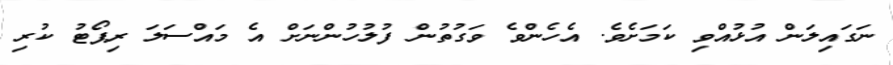
ނަގައިލަން އުޅުއްވި ކަމަށެވެ. އެހެންވެ ވަގުތުން ފުލުހުންނަށް އެ މައްސަލަ ރިޕޯޓު ކުރި